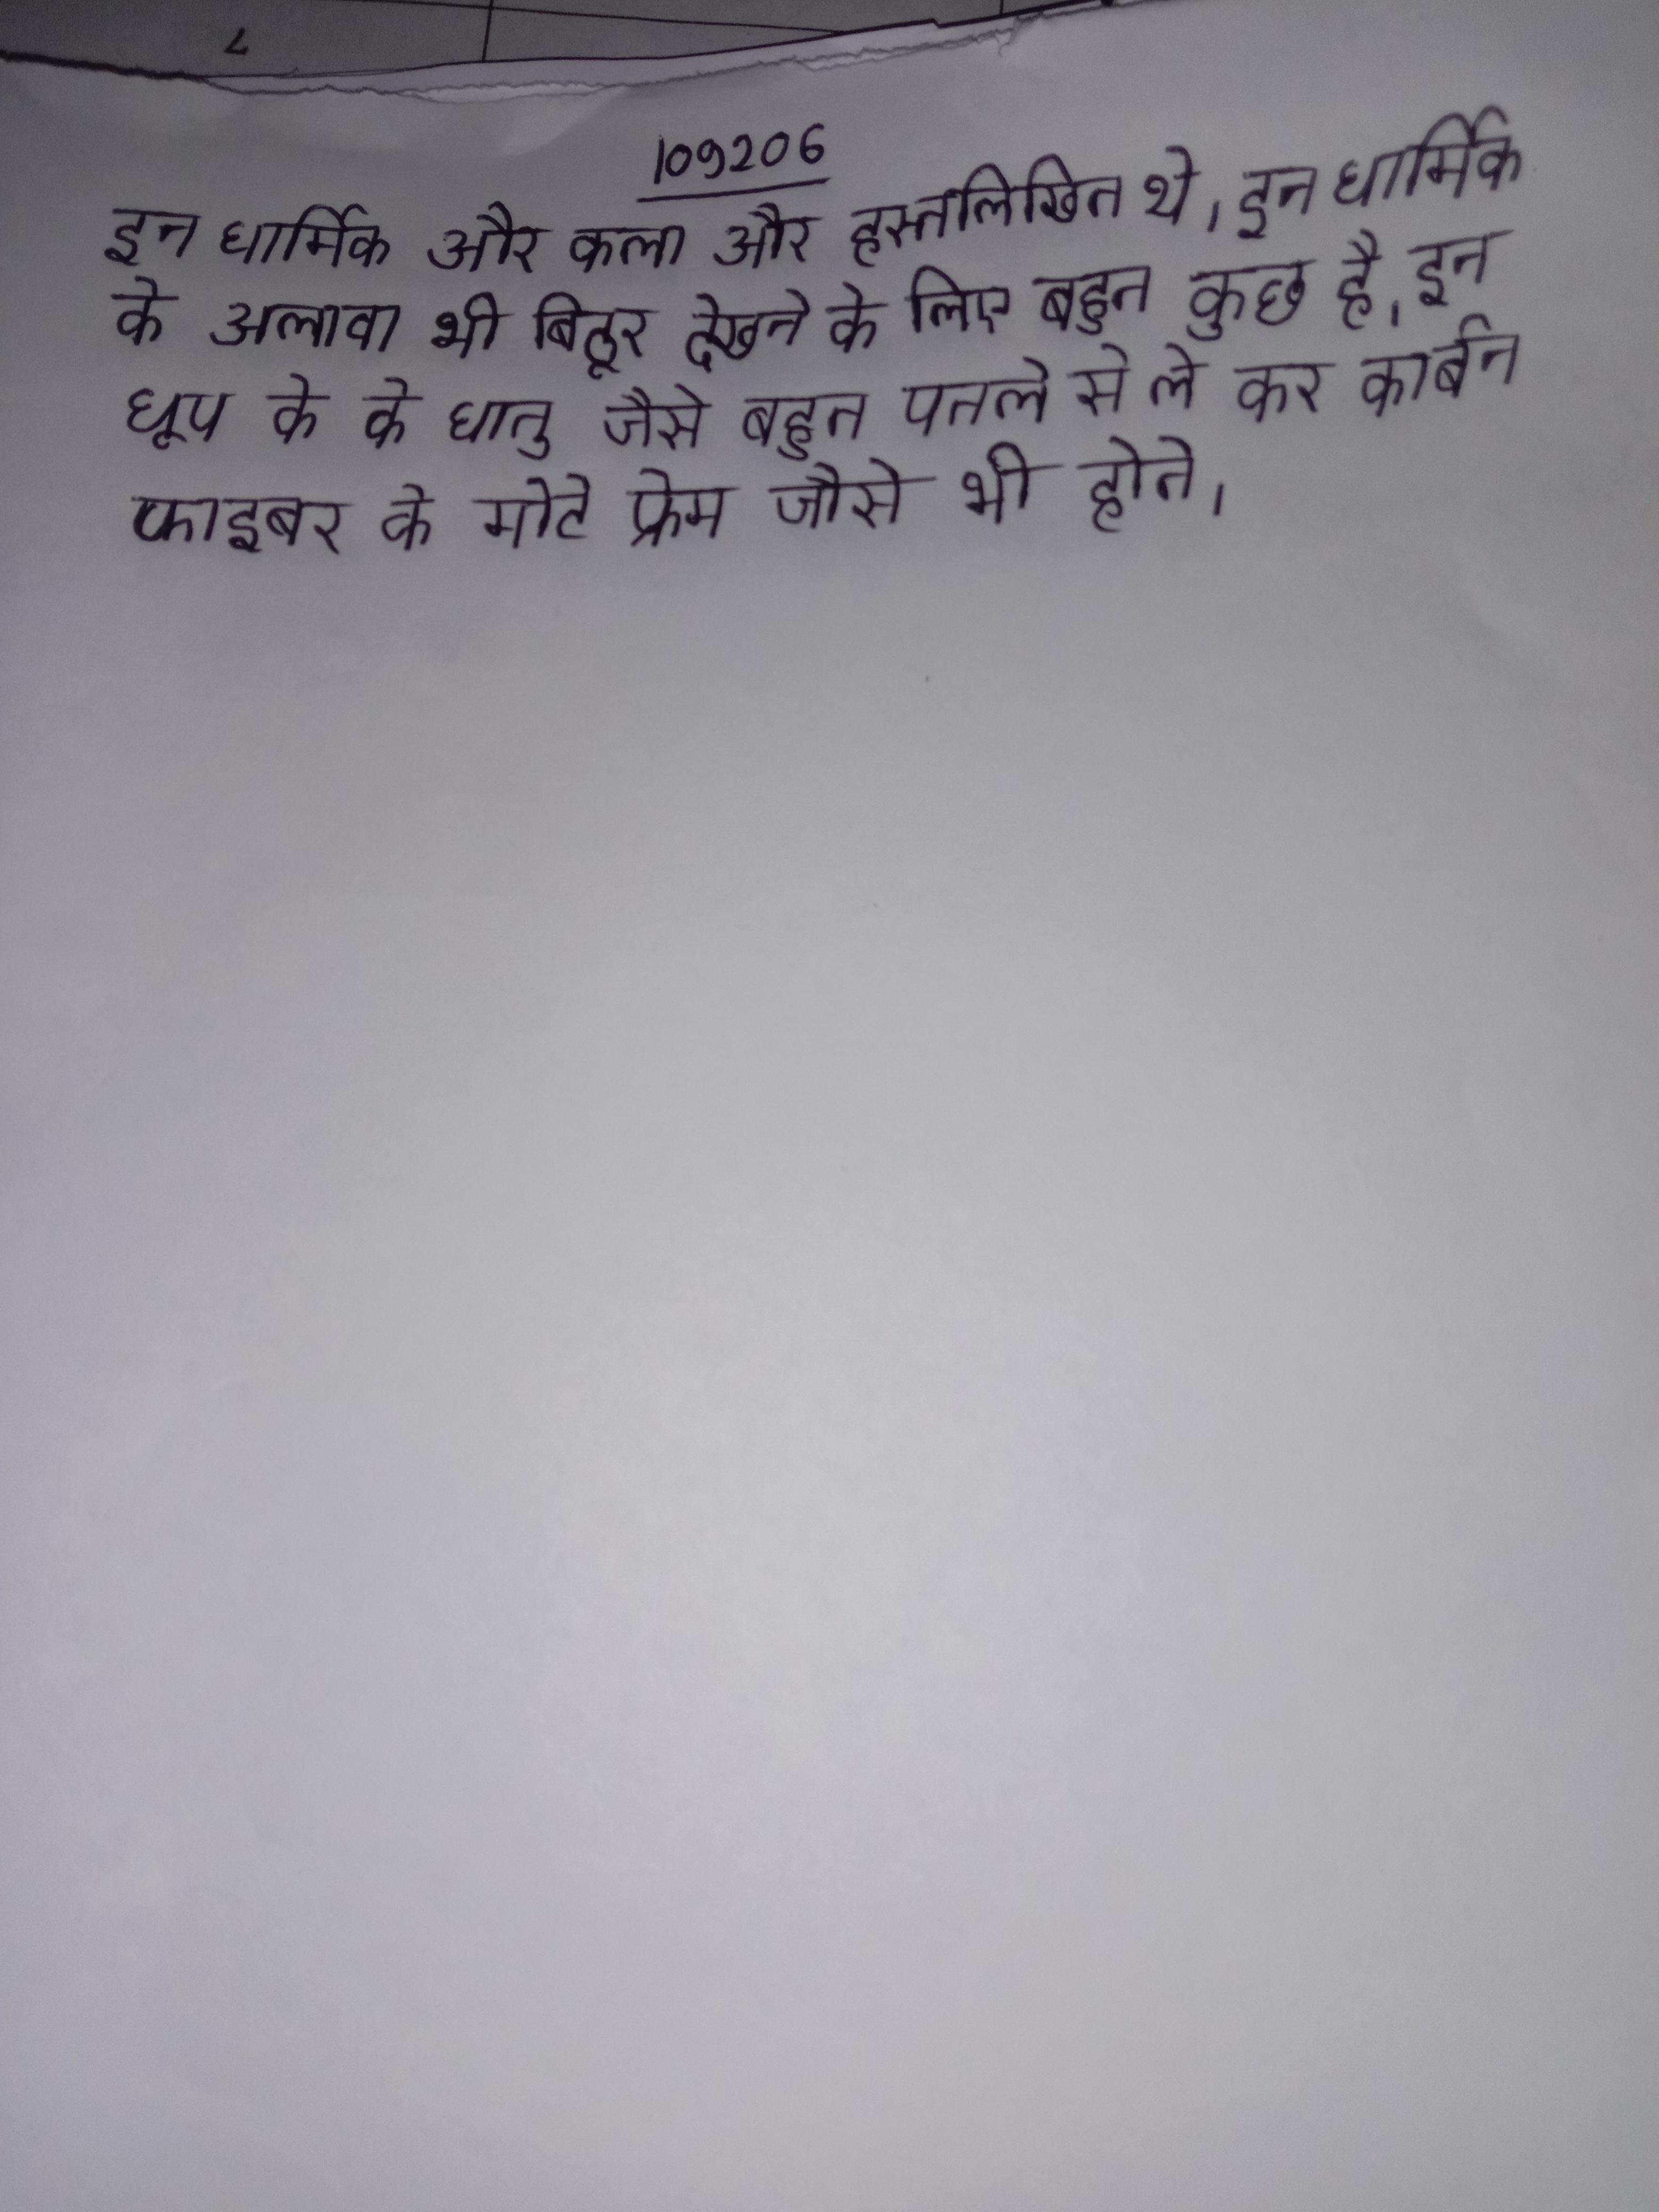
इन धार्मिक और कला और हस्तलिखित थे । इन धार्मिक के अलावा भी बिठूर देखने के लिए बहुत कुछ है । इन धूप के के धातु जैसे बहुत पतले से ले कर कार्बन फाइबर के मोटे फ्रेम जैसे भी होते ।